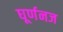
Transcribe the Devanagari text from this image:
घूर्णनज